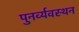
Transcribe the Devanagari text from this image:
पुनर्व्यवस्थन